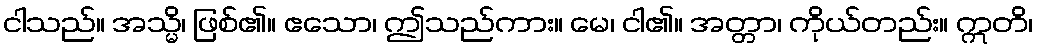
ငါသည်။ အသ္မိ၊ ဖြစ်၏။ ဧသော၊ ဤသည်ကား။ မေ၊ ငါ၏။ အတ္တာ၊ ကိုယ်တည်း။ ဣတိ၊